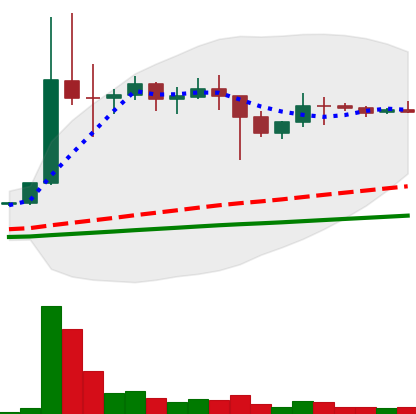
Ticker: DOGE-USD
Chart end date: 2021-01-19
Forward return: -4.078%
Label: down_3_5